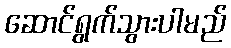
ဆောင်ရွက်သွားပါမည်